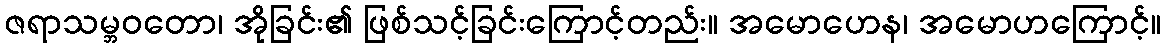
ဇရာသမ္ဘဝတော၊ အိုခြင်း၏ ဖြစ်သင့်ခြင်းကြောင့်တည်း။ အမောဟေန၊ အမောဟကြောင့်။